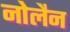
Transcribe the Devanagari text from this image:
नोलैन